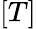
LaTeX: [T]